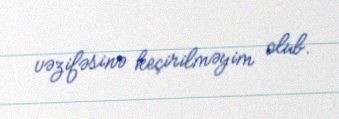
vəzifəsinə keçirilməyim olub.